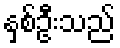
နှစ်ဦးသည်